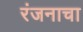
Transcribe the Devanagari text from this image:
रंजनाचा